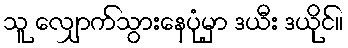
သူ လျှောက်သွားနေပုံမှာ ဒယီး ဒယိုင်။